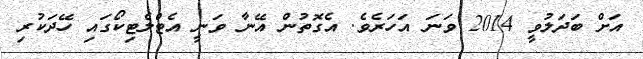
އަށް ބަދަލުވީ 2014 ވަނަ އަހަރެވެ. އެގޮތުން އޭނާ ވަނީ އެޓްލެޓިކޯގައި ހޭދަކުރި